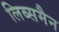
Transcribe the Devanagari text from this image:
लिब्समैन